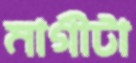
মাগীটা